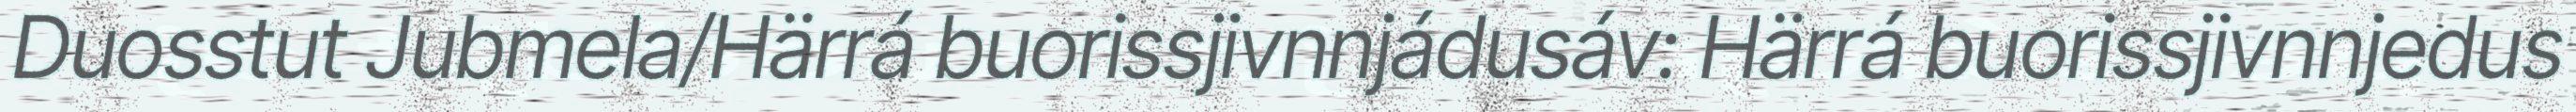
Duosstut Jubmela/Härrá buorissjivnnjádusáv: Härrá buorissjivnnjedus